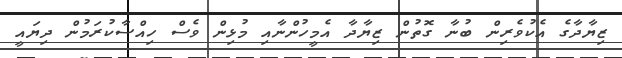
ޒިޔާދާގެ އެކުވެރިން ބުނާ ގޮތުން ޒިޔާދާ އެމީހުންނާއި މުޅިން ވެސް ހިއްސާކުރަމުން ދިޔައީ